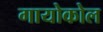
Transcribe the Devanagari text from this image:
गायोकोल